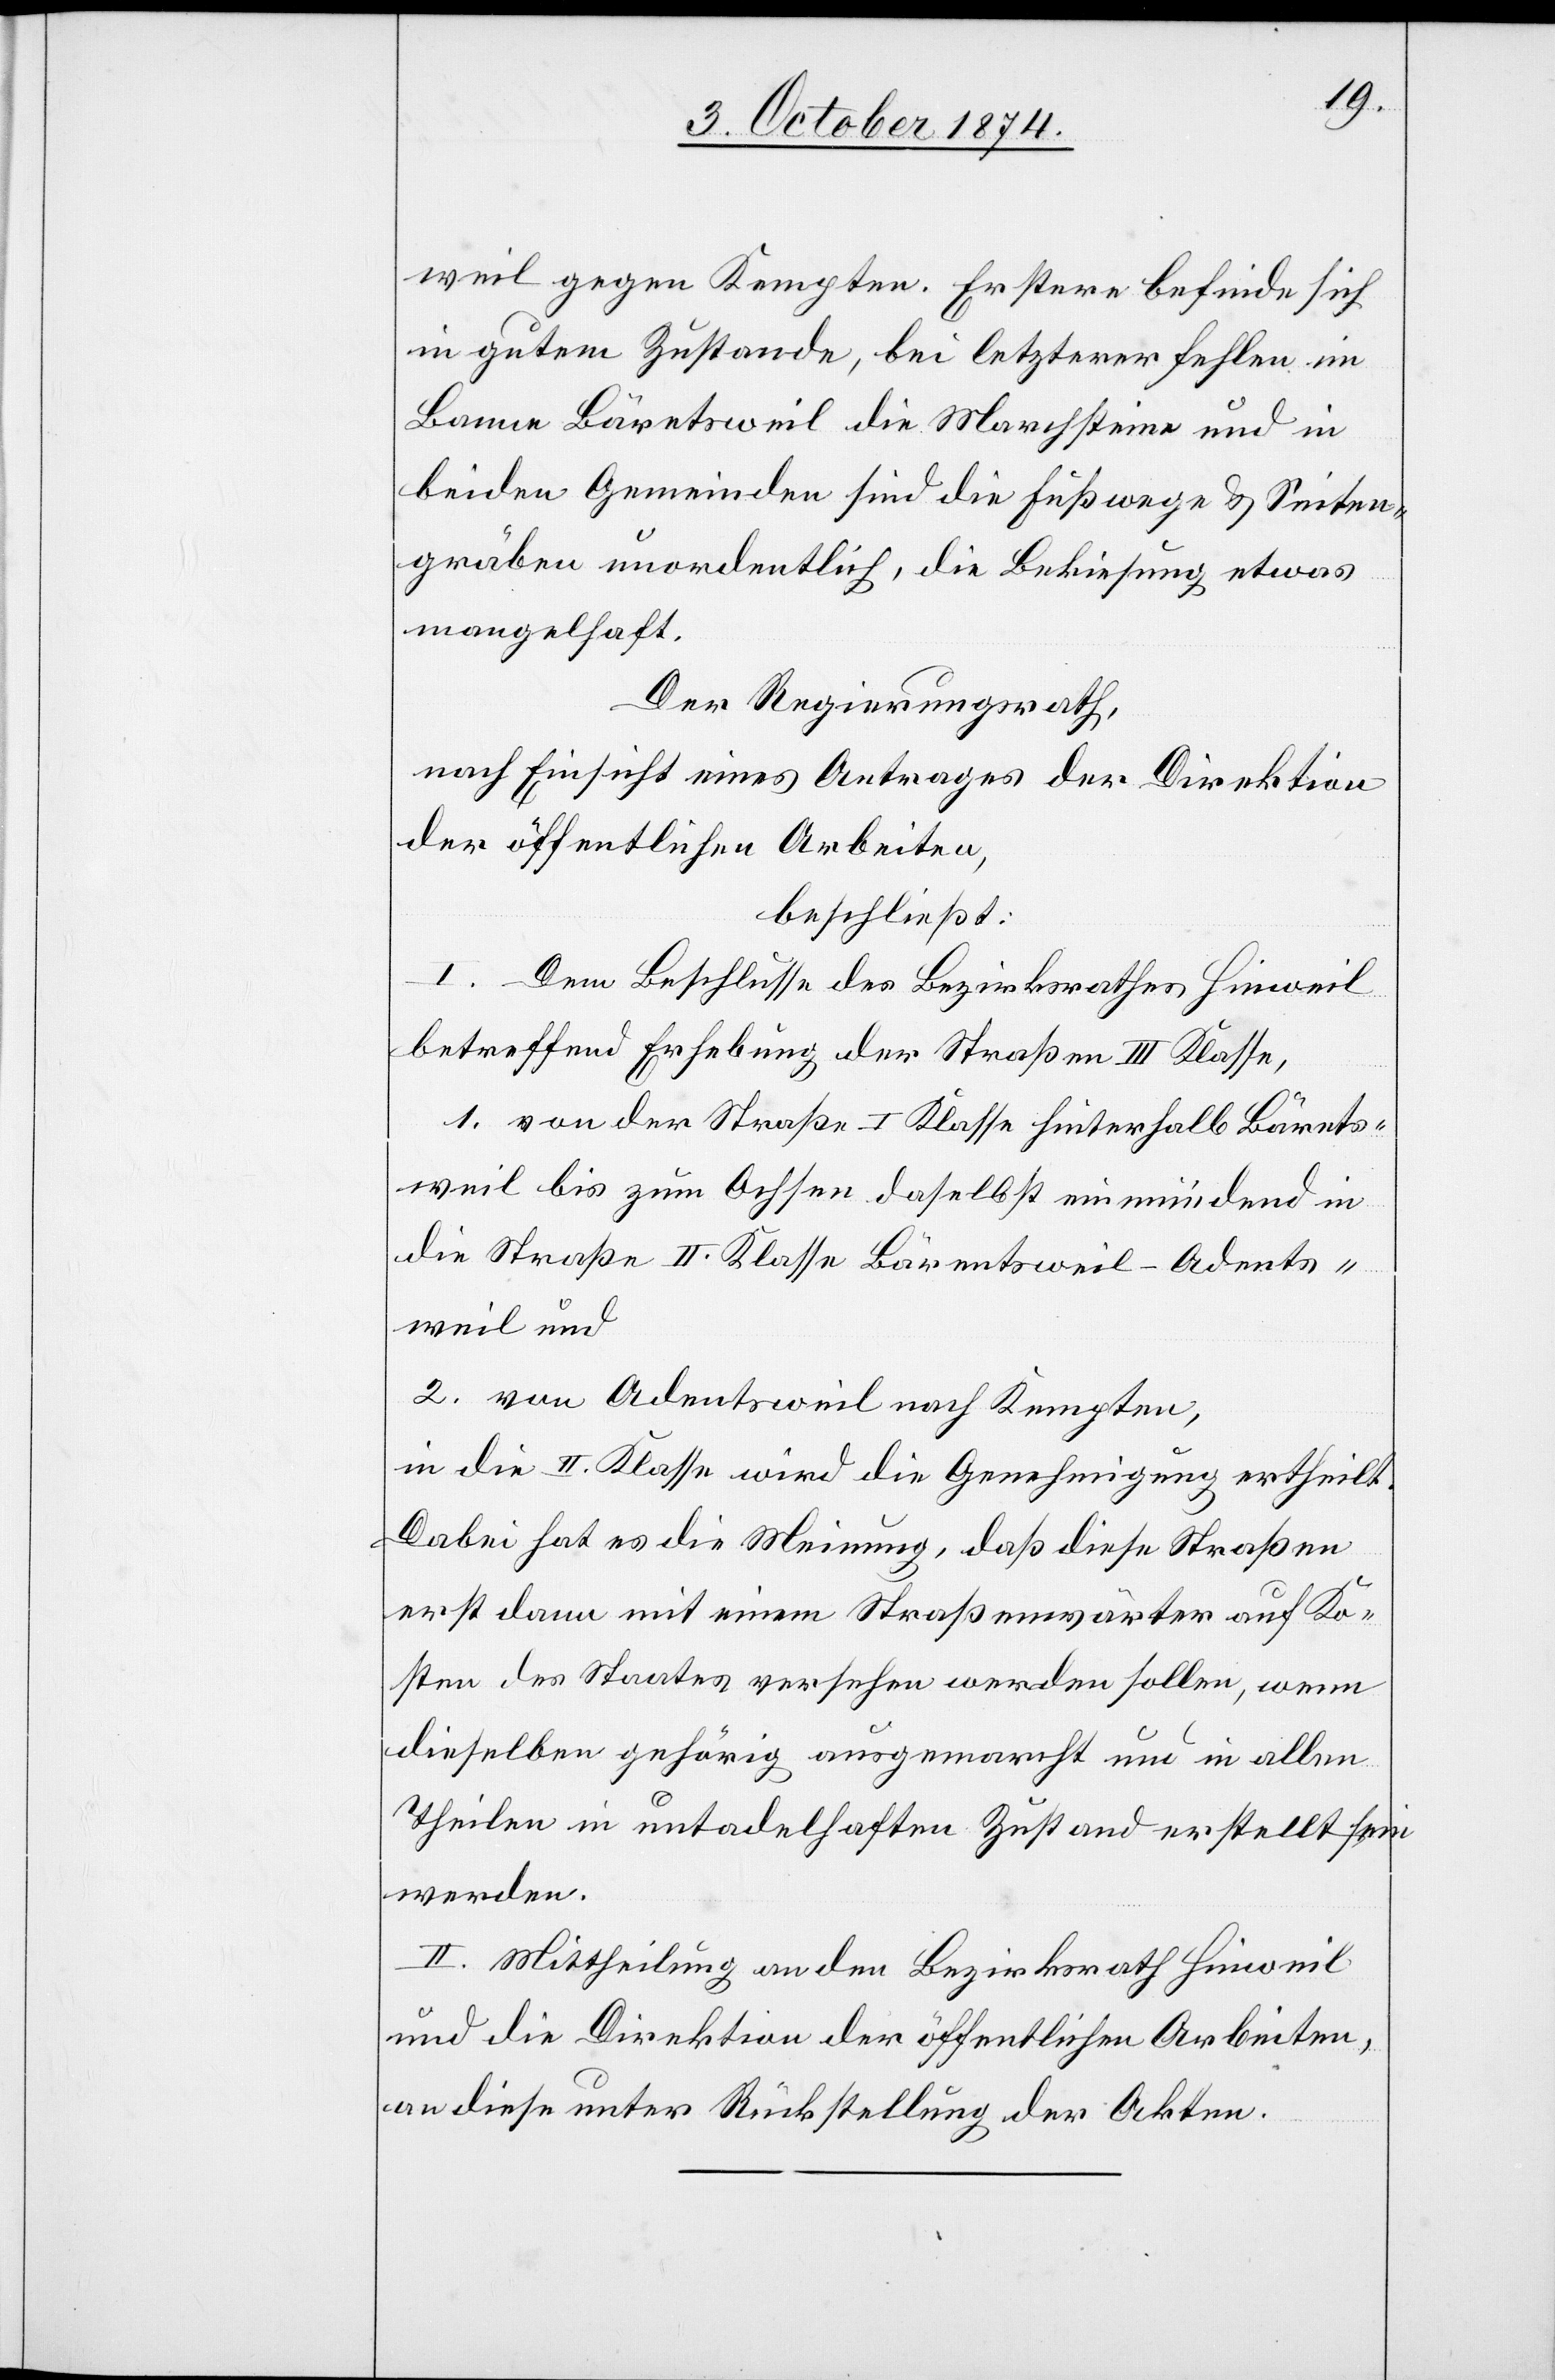
weil gegen Kempten. Erstere befinde sich
in gutem Zustande, bei letzterer fehlen im
Banne Bäretsweil die Marchsteine und in
beiden Gemeinden sind die Fußwege & Seiten¬
gräben unordentlich, die Bekiesung etwas
mangelhaft.
Der Regierungsrath,
nach Einsicht eines Antrages der Direktion
der öffentlichen Arbeiten,
beschließt:
I. Dem Beschlusse des Bezirksrath Hinweil
betreffend Erhebung der Straßen III Klasse,
1. von der Straße I Klasse hinterhalb Bärents¬
weil bis zum Ochsen daselbst einmündend in
die Straße II Klasse Bärentsweil–Adents¬
weil und
2. von Adentsweil nach Kempten,
in die II. Klasse wird die Genehmigung ertheilt.
Dabei hat es die Meinung, daß diese Straßen
erst dann mit einem Straßenwärter auf Ko¬
sten des Staates versehen werden sollen, wenn
dieselben gehörig ausgemarcht und in allen
Theilen in untadelhaften Zustand erstellt sein
werden.
II. Mittheilung an den Bezirksrath Hinweil
und die Direktion der öffentlichen Arbeiten,
an diese unter Rückstellung der Akten.